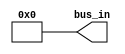
module Constant_Value_Generator #(parameter W = 4, V = 4'b0000) (bus_in);

	output wire [(W-1):0] bus_in;
	
	assign bus_in = V;

endmodule